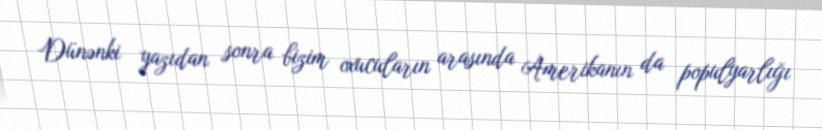
Dünənki yazıdan sonra bizim oxucuların arasında Amerikanın da populyarlığı